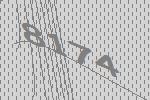
8174